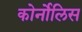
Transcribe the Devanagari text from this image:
कोर्नोलिस